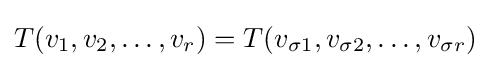
T(v_{1},v_{2},\dots ,v_{r})=T(v_{\sigma 1},v_{\sigma 2},\dots ,v_{\sigma r})